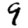
Digit: 9